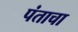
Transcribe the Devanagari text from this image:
पंताचा